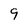
Character: 9